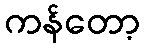
ကန်တော့